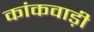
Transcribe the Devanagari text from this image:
कांकवाड़ी